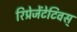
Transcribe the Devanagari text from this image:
रिप्रेजेंटेटिवस्